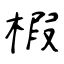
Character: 椵